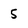
Character: 5